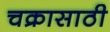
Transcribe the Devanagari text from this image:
चक्रासाठी